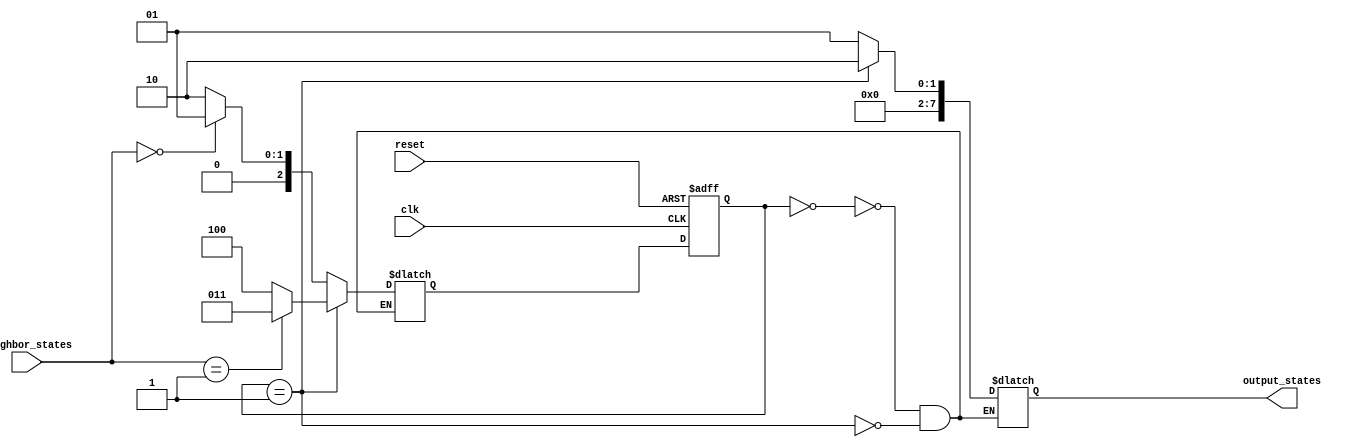
module TwoDimFSM (
  input wire clk,
  input wire reset,
  input wire [7:0] neighbor_states,
  output wire [7:0] output_states
);
  
  // Define states
  parameter STATE_A = 3'b000;
  parameter STATE_B = 3'b001;
  parameter STATE_C = 3'b010;
  parameter STATE_D = 3'b011;
  parameter STATE_E = 3'b100;
  parameter STATE_F = 3'b101;
  parameter STATE_G = 3'b110;
  parameter STATE_H = 3'b111;
  
  // Define state register
  reg [2:0] current_state;
  reg [2:0] next_state;
  
  // State transition logic
  always @ (posedge clk or posedge reset) begin
    if (reset) begin
      current_state <= STATE_A;
    end else begin
      current_state <= next_state;
    end
  end
  
  // Define next state logic
  always @* begin
    case (current_state)
      STATE_A: begin
        if (neighbor_states == 8'b00000000) begin
          next_state = STATE_B;
        end else begin
          next_state = STATE_C;
        end
      end
      STATE_B: begin
        if (neighbor_states == 8'b00000001) begin
          next_state = STATE_D;
        end else begin
          next_state = STATE_E;
        end
      end
      // Add logic for other states
    endcase
  end
  
  // Define outputs based on current state
  always @* begin
    case (current_state)
      STATE_A: begin
        output_states = 8'b00000001; // Example output for STATE_A
      end
      STATE_B: begin
        output_states = 8'b00000010; // Example output for STATE_B
      end
      // Add output logic for other states
    endcase
  end
  
endmodule